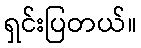
ရှင်းပြတယ်။